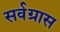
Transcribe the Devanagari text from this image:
सर्वग्रास